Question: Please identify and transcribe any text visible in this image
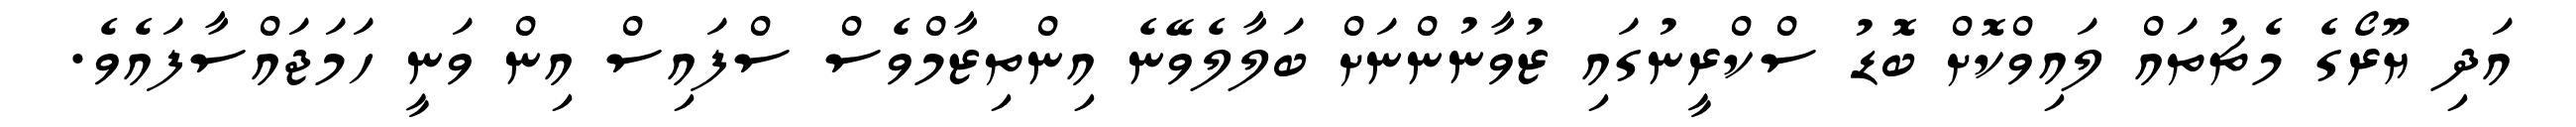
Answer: އަދި ޔޫރޯގެ މެޗުތައް ލައިވްކޮށް ބޮޑު ސްކްރީނުގައި ޒުވާނުންނަށް ބަލާލެވޭނެ އިންތިޒާމްވެސް ސްފައިސް އިން ވަނީ ހަމަޖައްސާފައެވެ.